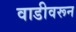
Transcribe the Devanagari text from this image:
वाडीवरून